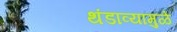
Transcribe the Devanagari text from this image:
थंडाव्यामुळे